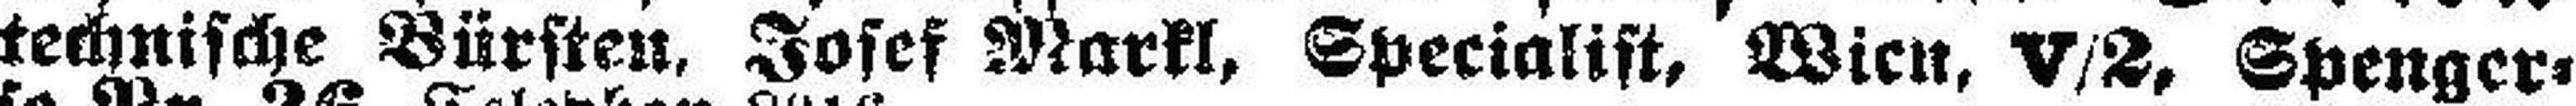
technische Bürsten, Josef Markl, Specialist, Wien, V/2, Spenger¬